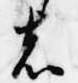
者